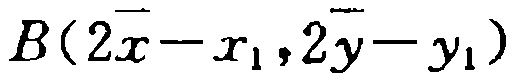
\(B(2\overline{x}-x_{1},2\overline{y}-y_{1})\)